Indian journal of veterinary science and animal husbandry - Volume 8,
Year: 1938
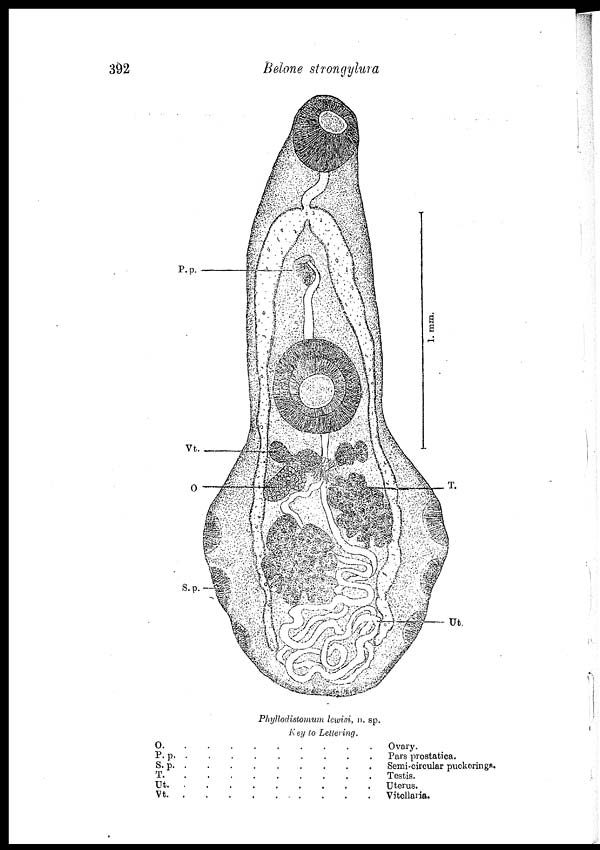
392
Belone strongylura
Phyllodistomum lewisi, n. sp.
Key to Lettering.
O. . . . . . . . . .
P.p. . . . . . . . . .
S.p. . . . . . . . . .
T. . . . . . . . . .
Ut. . . . . . . . . .
Vt.
.
.
.
.
.
.
.
.
.
.
Ovary.
Pars prostatica.
Semi-circular puckerings.
Testis.
Uterus.
Vitellaria.